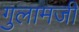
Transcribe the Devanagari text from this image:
गुलामजी